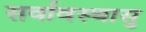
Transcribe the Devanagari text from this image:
सर्वावस्थासु